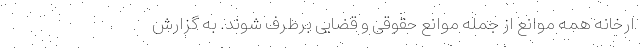
ارخانه همه موانع از جمله موانع حقوقی و قضایی برطرف شوند. به گزارش